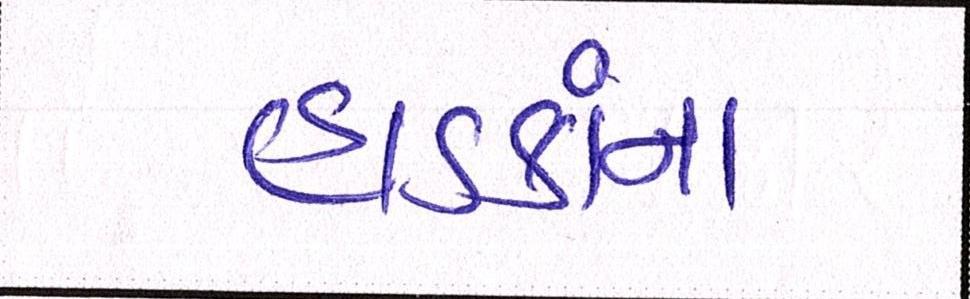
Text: હાડકાંના